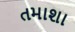
તમાશા